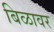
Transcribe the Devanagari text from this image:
बिळावर